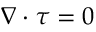
\boldsymbol { \nabla } \cdot \boldsymbol { \tau } = 0